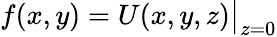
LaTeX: f(x,y)=U(x,y,z){\big|}_{z=0}